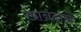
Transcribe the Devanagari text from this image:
ख़ानदाने